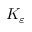
K _ { \varepsilon }